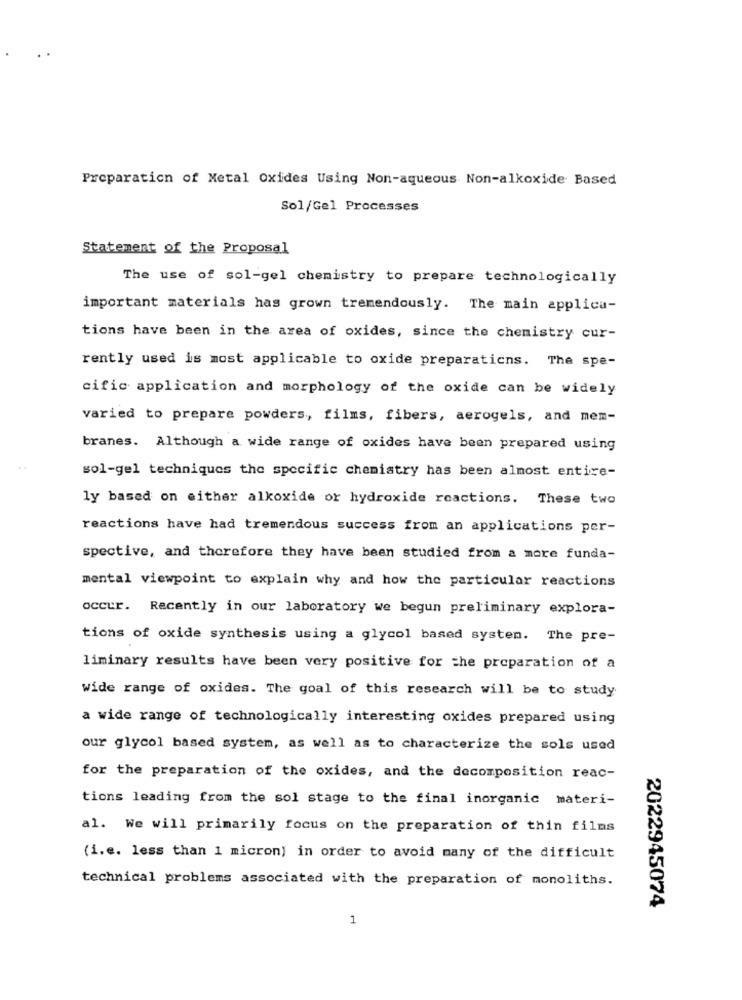
Preparation of Metal Oxides Using Non-aqueous Non-alkoxide Based
Sol/Gel Processes
Statement of the Proposal
The use of sol-gel chemistry to prepare technologically
important materials has grown tremendously. The main applica-
tions have been in the area of oxides, since the chemistry cur-
rently used is most applicable to oxide preparaticns. The spe-
cific application and morphology of the oxide can be widely
varied to prepare powders, films, fibers, aerogels, and mem-
branes. Although a wide range of oxides have been prepared using
sol-gel techniques the specific chemistry has been almost entire-
ly based on either alkoxide or hydroxide reactions. These two
reactions have had tremendous success from an applications per-
spective, and therefore they have been studied from a more funda-
mental viewpoint to explain why and how the particular reactions
occur. Recently in our laboratory we begun preliminary explora-
tions of oxide synthesis using a glycol based system. The pre-
liminary results have been very positive for the preparation of a
wide range of oxides. The goal of this research will be to study
a wide range of technologically interesting oxides prepared using
our glycol based system, as well as to characterize the sols used
for the preparation of the oxides, and the decomposition reac-
tions leading from the sol stage to the final inorganic materi-
al. We will primarily focus on the preparation of thin films
(i.e. less than 1 micron) in order to avoid many of the difficult
technical problems associated with the preparation of monoliths.
2022945074
1